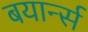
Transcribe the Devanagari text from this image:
बयार्न्स